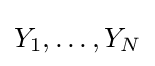
Y_{1},\dots ,Y_{N}